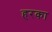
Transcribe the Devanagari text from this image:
हरका